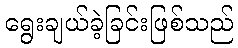
ရွေးချယ်ခဲ့ခြင်းဖြစ်သည်